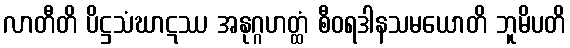
လာတီတိ ပိဋ္ဌသံဃာဋဿ အနုဂ္ဂဟတ္ထံ စီဝရဒါနသမယောတိ ဘူမိပတိ